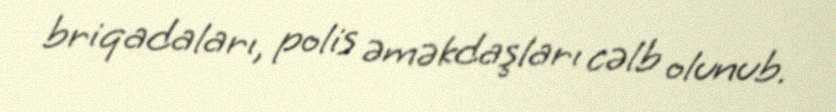
briqadaları, polis əməkdaşları cəlb olunub.